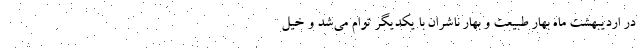
در اردیبهشت ماه بهار طبیعت و بهار ناشران با یکدیگر توام می‌شد و خیل